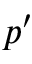
p ^ { \prime }